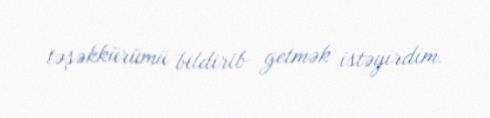
təşəkkürümü bildirib getmək istəyirdim.